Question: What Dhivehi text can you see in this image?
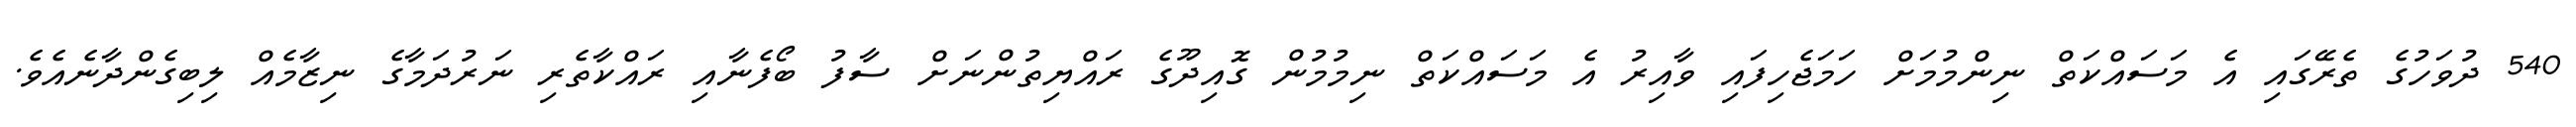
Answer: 540 ދުވަހުގެ ތެރޭގައި އެ މަސައްކަތް ނިންމުމަށް ހަމަޖެހިފައި ވާއިރު އެ މަސައްކަތް ނިމުމުން ގޮއިދޫގެ ރައްޔިތުންނަށް ސާފު ބޯފެނާއި ރައްކާތެރި ނަރުދަމާގެ ނިޒާމެއް ލިބިގެންދާނެއެވެ.